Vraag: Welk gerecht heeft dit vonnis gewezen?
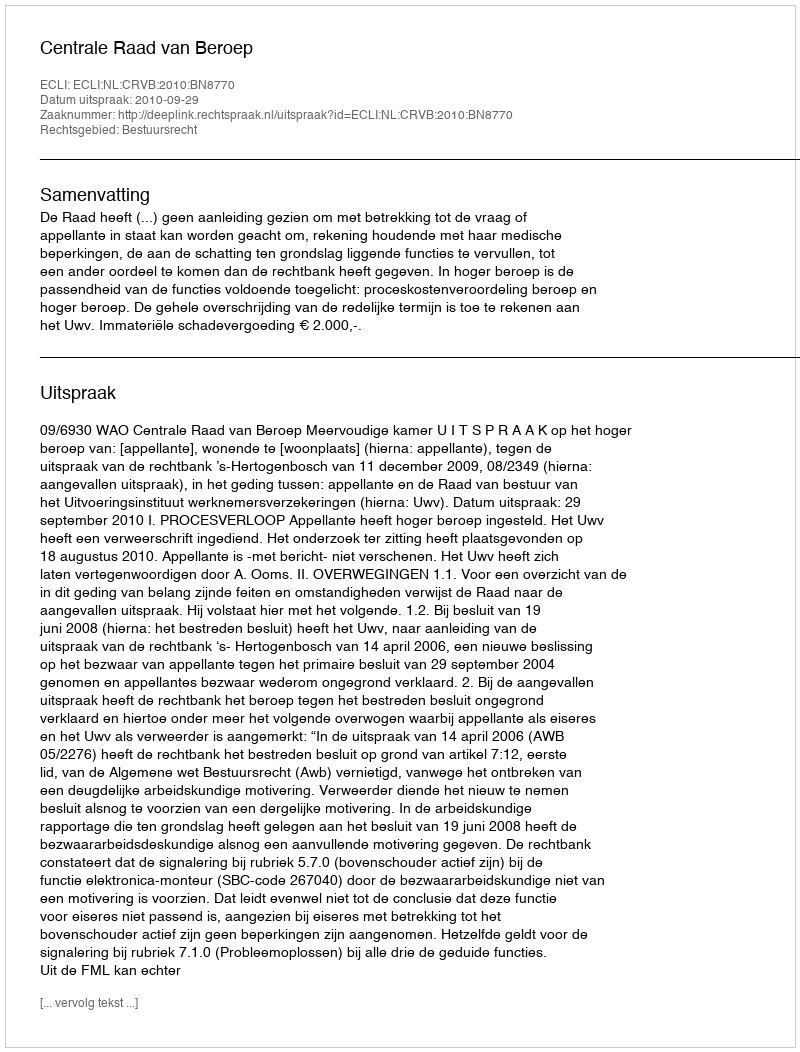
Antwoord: Centrale Raad van Beroep